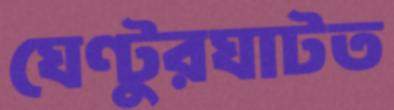
ঘেণ্টুরঘাটত